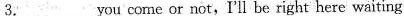
3.___you come or not,I'll be right here waiting